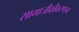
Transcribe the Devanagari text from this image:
सामाजीकीकरणाचा